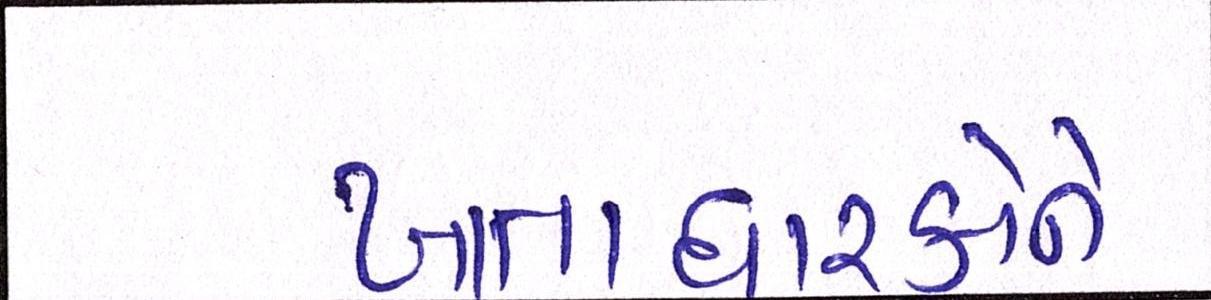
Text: ખાતાધારકોને